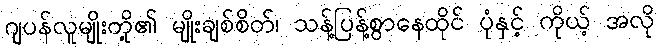
ဂျပန်လူမျိုးတို့၏ မျိုးချစ်စိတ်၊ သန့်ပြန့်စွာနေထိုင် ပုံနှင့် ကိုယ့် အလို